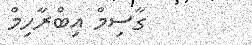
ގާސިމް އިބްރާހިމް